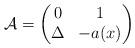
LaTeX: \begin{align*} \mathcal{A} = \begin{pmatrix} 0 & 1 \\ \Delta & -a(x) \end{pmatrix}\end{align*}